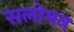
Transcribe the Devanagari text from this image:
सलोमन